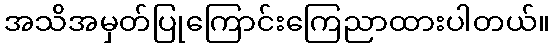
အသိအမှတ်ပြုကြောင်းကြေညာထားပါတယ်။